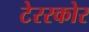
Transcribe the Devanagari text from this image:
टेररकोर